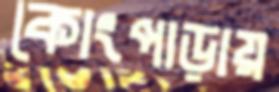
কোংপাড়ায়